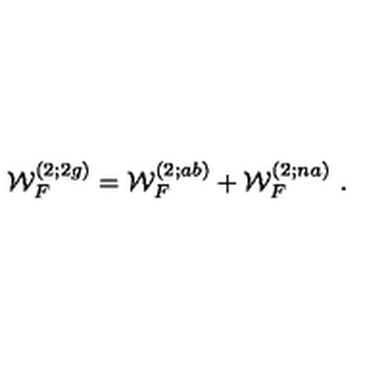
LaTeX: { \cal W } _ { F } ^ { ( 2 ; 2 g ) } = { \cal W } _ { F } ^ { ( 2 ; a b ) } + { \cal W } _ { F } ^ { ( 2 ; n a ) } \ .